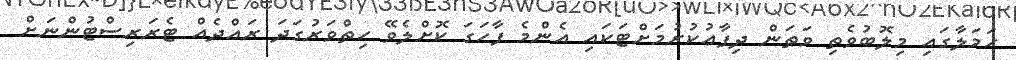
ހަމަލާގައި މިލޮބުވެތި ވަޠަން ދިފާޢުކުރުމަށްޓަކައި އެންމެ ފާހަގަ ކޮށްލެވޭ ހިތްވަރުގަދަ ރައްދެއް ޓެރަރިސްޓުންނަށް